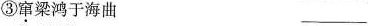
③窜梁鸿于海曲 ___